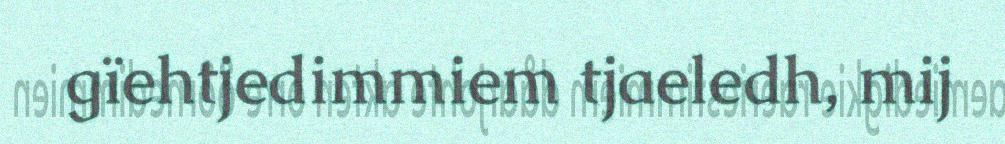
gïehtjedimmiem tjaeledh, mij